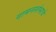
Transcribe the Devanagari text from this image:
वामनस्तंभाचे